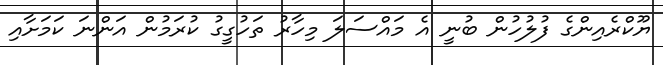
ޔޫކްރެއިންގެ ފުލުހުން ބުނީ އެ މައްސަލަ މިހާރު ތަހުގީގު ކުރަމުން އަންނަ ކަމަށާއި